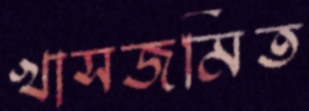
খাসজমিত